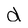
Character: a